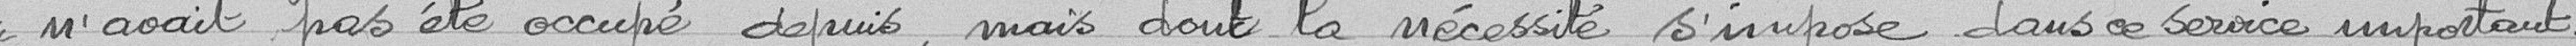
n'avait pas été occupé depuis, mais dont la nécessité s'impose dans ce service important.